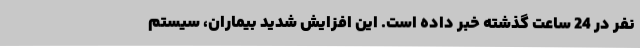
نفر در 24 ساعت گذشته خبر داده است. این افزایش شدید بیماران، سیستم